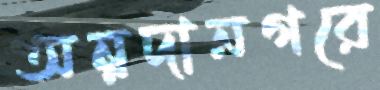
অন্নদানগরে